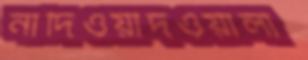
নাদিওয়াদওয়ালা